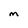
Character: M